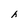
Character: h